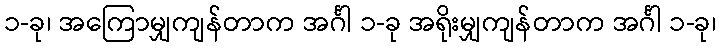
၁-ခု၊ အကြောမျှကျန်တာက အင်္ဂါ ၁-ခု အရိုးမျှကျန်တာက အင်္ဂါ ၁-ခု၊